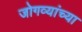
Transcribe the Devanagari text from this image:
जोगव्यांच्या